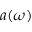
a ( \omega )